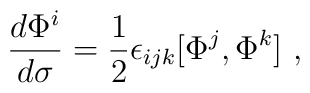
{d\Phi^i\over d\sigma}={1\over 2}\epsilon_{ijk}[\Phi^j,\Phi^k]\ ,